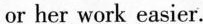
or her work easier.